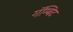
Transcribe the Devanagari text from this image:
गॅम्बिट